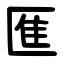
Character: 龨